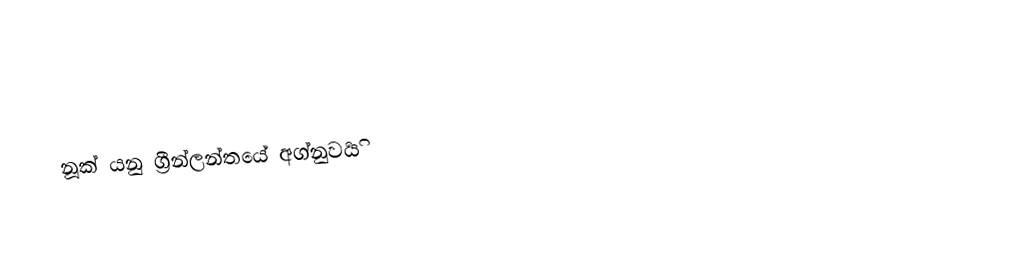
නූක් යනු ග්‍රීන්ලන්තයේ අග්නුවර්‍යි